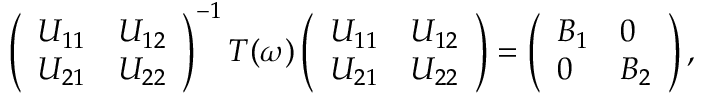
\begin{array} { r } { \left( \begin{array} { l l } { U _ { 1 1 } } & { U _ { 1 2 } } \\ { U _ { 2 1 } } & { U _ { 2 2 } } \end{array} \right) ^ { - 1 } T ( \omega ) \left( \begin{array} { l l } { U _ { 1 1 } } & { U _ { 1 2 } } \\ { U _ { 2 1 } } & { U _ { 2 2 } } \end{array} \right) = \left( \begin{array} { l l } { B _ { 1 } } & { 0 } \\ { 0 } & { B _ { 2 } } \end{array} \right) , } \end{array}